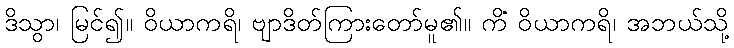
ဒိသွာ၊ မြင်၍။ ဝိယာကရိ၊ ဗျာဒိတ်ကြားတော်မူ၏။ ကိံ ဝိယာကရိ၊ အဘယ်သို့